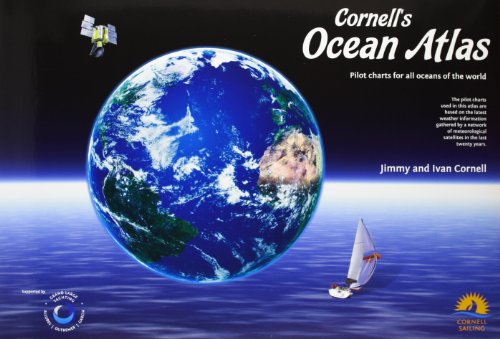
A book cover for Cornell's Ocean Atlas: Pilot Charts for All Oceans of the World; Jimmy Cornell; Engineering & Transportation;